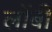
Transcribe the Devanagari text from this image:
लोंबी